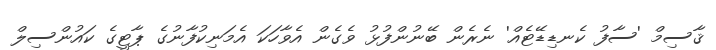
ޤާސިމް 'ސާފު ކެނޑިޑޭޓެއް' ނެރެން ބޭނުންފުޅު ވެގެން އެވާހަކަ އެމަނިކުފާނުގެ ޕާޓީގެ ކައުންސިލް